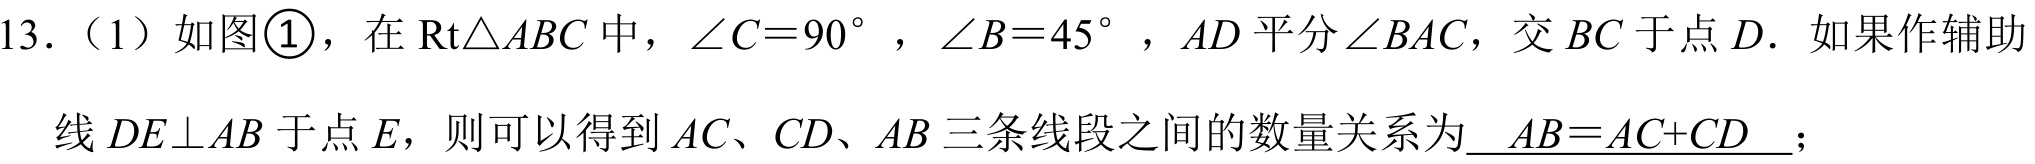
13.（1）如图\textcircled{1}，在\(\text{Rt}\triangle ABC\)中，\(\angle C = 90^{\circ}\)，\(\angle B = 45^{\circ}\)，\(AD\) 平分\(\angle BAC\)，交 \(BC\) 于点 \(D\). 如果作辅助
线 \(DE\perp AB\) 于点 \(E\)，则可以得到 \(AC、CD、AB\) 三条线段之间的数量关系为\(\underline{AB = AC + CD}\)；